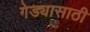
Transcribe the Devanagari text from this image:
गेड्यासाठी